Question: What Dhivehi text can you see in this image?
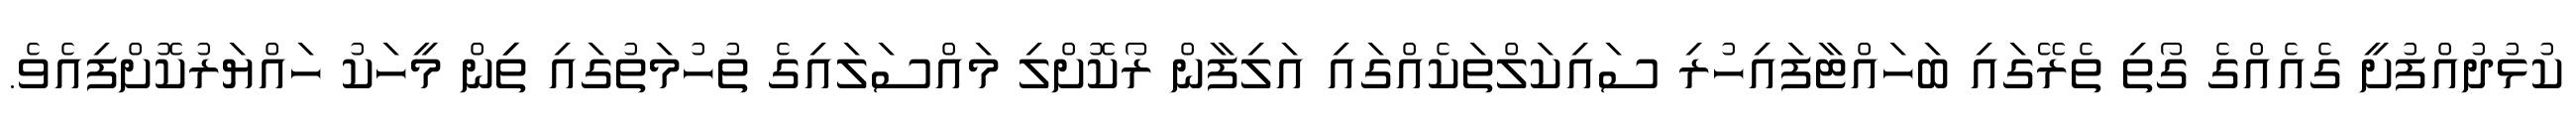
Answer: ކުޅުދުއްފުށީ ގެއެއްގެ ގޯތި ތެރޭގައި ބަހައްޓާފައިހުރި ސައިކަލްތަކެއްގައި އަލިފާން ރޯކޮށްލި މައްސަލައިގެ ތުހުމަތުގައި ތިިން މީހަކު ހައްޔަރުކޮށްފިއެވެ.